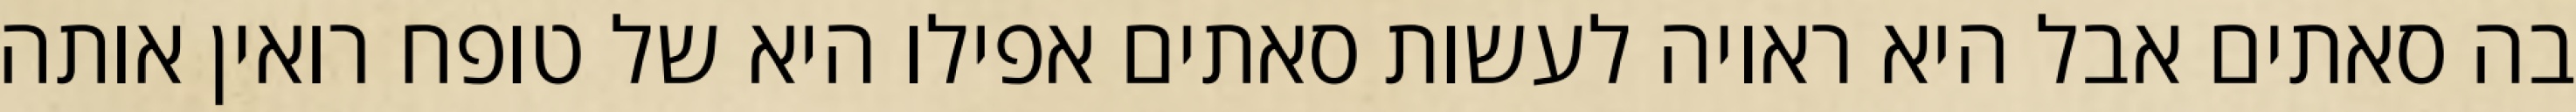
בה סאתים אבל היא ראויה לעשות סאתים אפילו היא של טופח רואין אותה